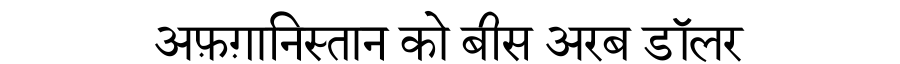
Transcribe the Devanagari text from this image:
अफ़ग़ानिस्तान को बीस अरब डॉलर